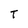
Character: T